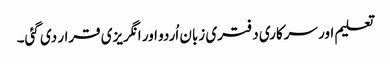
تعلیم اور سرکاری دفتری زبان اُردو اور انگریزی قرار دی گئی۔